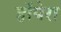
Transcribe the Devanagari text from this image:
हॉपेरा